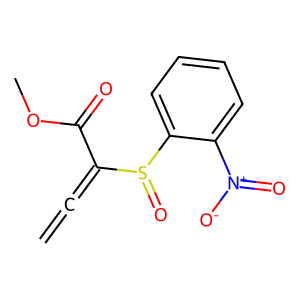
SMILES: C=C=C(C(=O)OC)S(=O)c1ccccc1[N+](=O)[O-]
Inhibits HIV replication: No